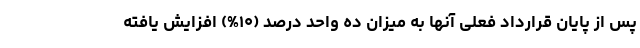
پس از پایان قرارداد فعلی آنها به میزان ده واحد درصد (۱۰%) افزایش یافته